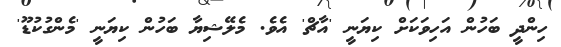
ހިންދީ ބަހުން އަހިވަކަށް ކިޔަނީ 'އާޗް' އެވެ. މެލޭޝިޔާ ބަހުން ކިޔަނީ 'މެންގުކުޑޫ'